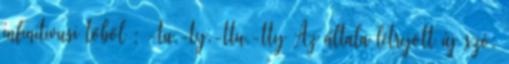
infinitivusi tőből : -tu,-ty,-ttu,-tty Az általa létrejött új szó: